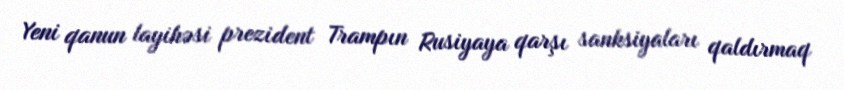
Yeni qanun layihəsi prezident Trampın Rusiyaya qarşı sanksiyaları qaldırmaq